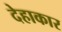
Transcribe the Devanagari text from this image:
देहाकार